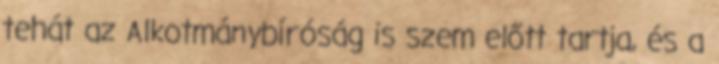
tehát az Alkotmánybíróság is szem előtt tartja, és a